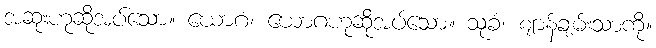
အဆုံးဟုဆိုအပ်သော။ ယောဂံ၊ ယောဂဟုဆိုအပ်သော။ သုခံ၊ ဈာန်ချမ်းသာကို။